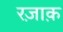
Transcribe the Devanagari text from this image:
रज़ाक़